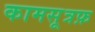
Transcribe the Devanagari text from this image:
कामसूत्रफ़